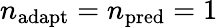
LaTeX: n_{\mathrm{adapt}}=n_{\mathrm{pred}}=1